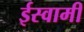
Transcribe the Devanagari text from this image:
ईस्वामी